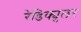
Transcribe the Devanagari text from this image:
रेडिक्युलर